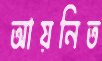
আয়নিত